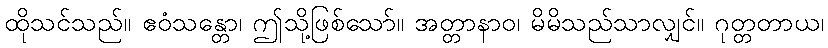
ထိုသင်သည်။ ဧဝံသန္တော၊ ဤသို့ဖြစ်သော်။ အတ္တာနာဝ၊ မိမိသည်သာလျှင်။ ဂုတ္တတာယ၊